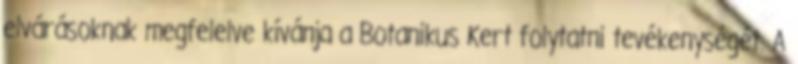
elvárásoknak megfelelve kívánja a Botanikus Kert folytatni tevékenységét. A